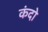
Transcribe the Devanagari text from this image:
कंदो